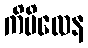
ကိမိလေန